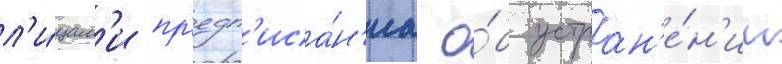
л'и́цам'и пр'едп'иса́н'иа о́б устран'е́н'ии